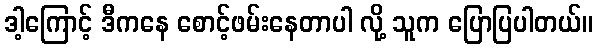
ဒါ့ကြောင့် ဒီကနေ စောင့်ဖမ်းနေတာပါ လို့ သူက ပြောပြပါတယ်။